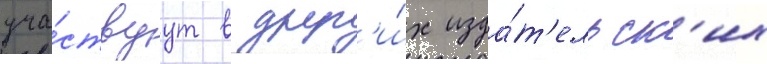
уча́ствуут в друг'и́х изда́т'ельск'их